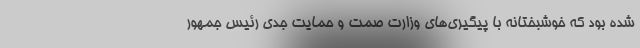
شده بود که خوشبختانه با پیگیری‌های وزارت صمت و حمایت جدی رئیس جمهور